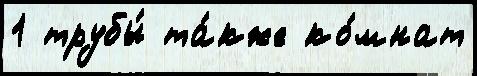
1 трубы́ та́кже ко́мнат